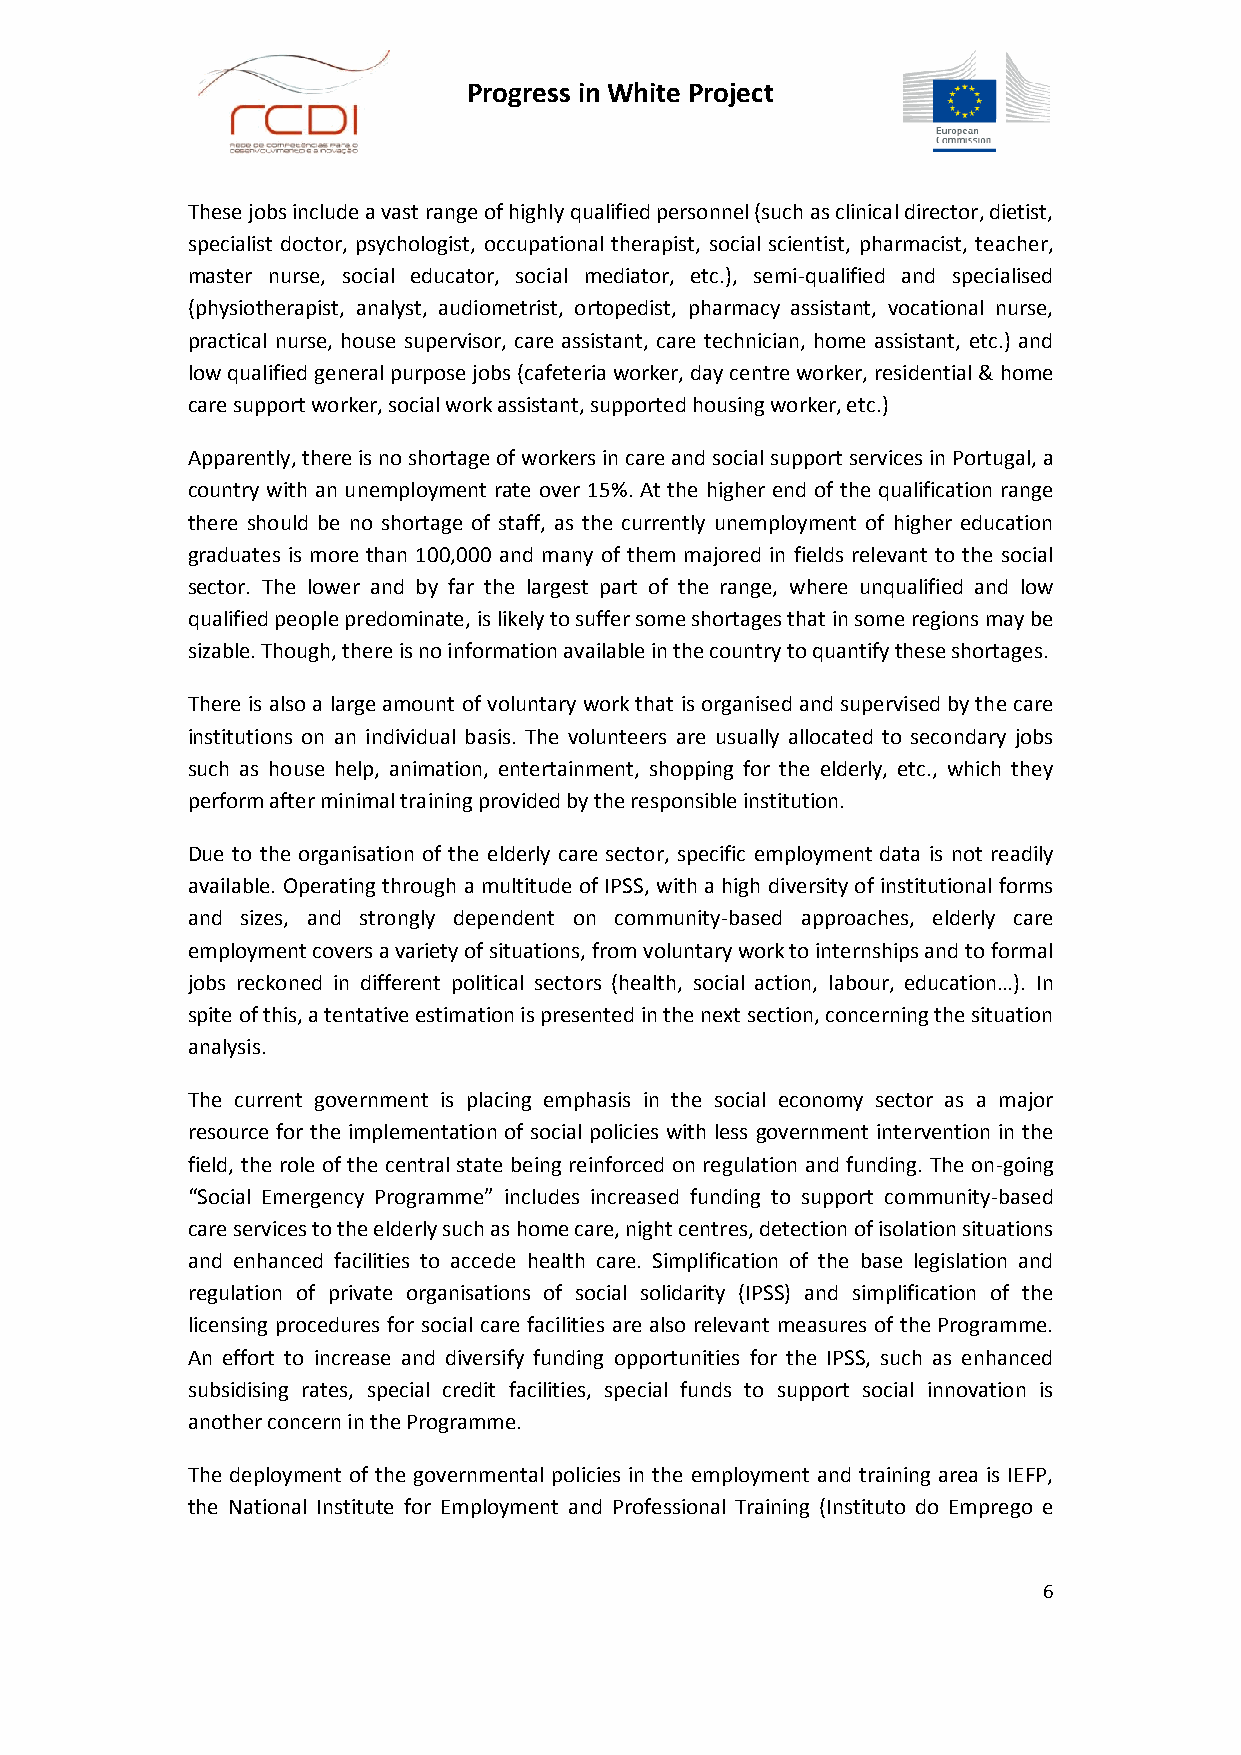
Progress in White Project
 These jobs include a vast range of highly qualified personnel (such as clinical director, dietist,
 specialist doctor, psychologist, occupational therapist, social scientist, pharmacist, teacher,
 master nurse, social educator, social mediator, etc.), semi-qualified and specialised
 (physiotherapist, analyst, audiometrist, ortopedist, pharmacy assistant, vocational nurse,
 practical nurse, house supervisor, care assistant, care technician, home assistant, etc.) and
 low qualified general purpose jobs (cafeteria worker, day centre worker, residential & home
 care support worker, social work assistant, supported housing worker, etc.)
 Apparently, there is no shortage of workers in care and social support services in Portugal, a
 country with an unemployment rate over 15%. At the higher end of the qualification range
 there should be no shortage of staff, as the currently unemployment of higher education
 graduates is more than 100,000 and many of them majored in fields relevant to the social
 sector. The lower and by far the largest part of the range, where unqualified and low
 qualified people predominate, is likely to suffer some shortages that in some regions may be
 sizable. Though, there is no information available in the country to quantify these shortages.
 There is also a large amount of voluntary work that is organised and supervised by the care
 institutions on an individual basis. The volunteers are usually allocated to secondary jobs
 such as house help, animation, entertainment, shopping for the elderly, etc., which they
 perform after minimal training provided by the responsible institution.
 Due to the organisation of the elderly care sector, specific employment data is not readily
 available. Operating through a multitude of IPSS, with a high diversity of institutional forms
 and sizes, and strongly dependent on community-based approaches, elderly care
 employment covers a variety of situations, from voluntary work to internships and to formal
 jobs reckoned in different political sectors (health, social action, labour, education…). In
 spite of this, a tentative estimation is presented in the next section, concerning the situation
 analysis.
 The current government is placing emphasis in the social economy sector as a major
 resource for the implementation of social policies with less government intervention in the
 field, the role of the central state being reinforced on regulation and funding. The on-going
 “Social Emergency Programme” includes increased funding to support community-based
 care services to the elderly such as home care, night centres, detection of isolation situations
 and enhanced facilities to accede health care. Simplification of the base legislation and
 regulation of private organisations of social solidarity (IPSS) and simplification of the
 licensing procedures for social care facilities are also relevant measures of the Programme.
 An effort to increase and diversify funding opportunities for the IPSS, such as enhanced
 subsidising rates, special credit facilities, special funds to support social innovation is
 another concern in the Programme.
 The deployment of the governmental policies in the employment and training area is IEFP,
 the National Institute for Employment and Professional Training (Instituto do Emprego e
 6